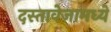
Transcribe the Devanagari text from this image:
दस्तावेजामध्ये